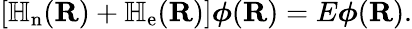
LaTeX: [\mathbb{H}_{\mathrm{n}}(\mathbf{R})+\mathbb{H}_{\mathrm{e}}(\mathbf{R})]{\boldsymbol{\phi}}(\mathbf{R})=E{\boldsymbol{\phi}}(\mathbf{R}).